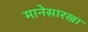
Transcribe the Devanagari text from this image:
मानेसारखा